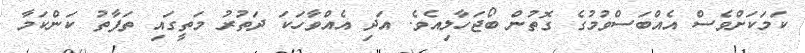
ކަމަކަށްވެސް އެއްބަސްވުމުގެ ގޮތުން ބޯޖަހާލިއެވެ. އަދި އެއްވާހަކަ ދަތުރު މަތީގައި ތަފާތު ކަންކަމާ